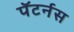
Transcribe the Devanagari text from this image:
पॅटर्नस